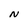
Character: N